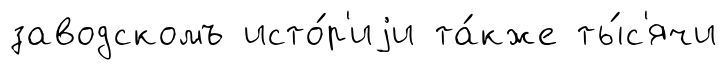
заводскомъ исто́р'иjи та́кже ты́с'ячи